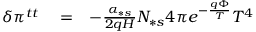
\begin{array} { r l r } { \delta \pi ^ { t t } } & { { } = } & { - \frac { \alpha _ { \ast s } } { 2 q H } N _ { \ast s } 4 \pi e ^ { - \frac { q \Phi } { T } } T ^ { 4 } } \end{array}